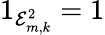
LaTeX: {1}_{{\mathcal E}_{m,k}^{2}}=1